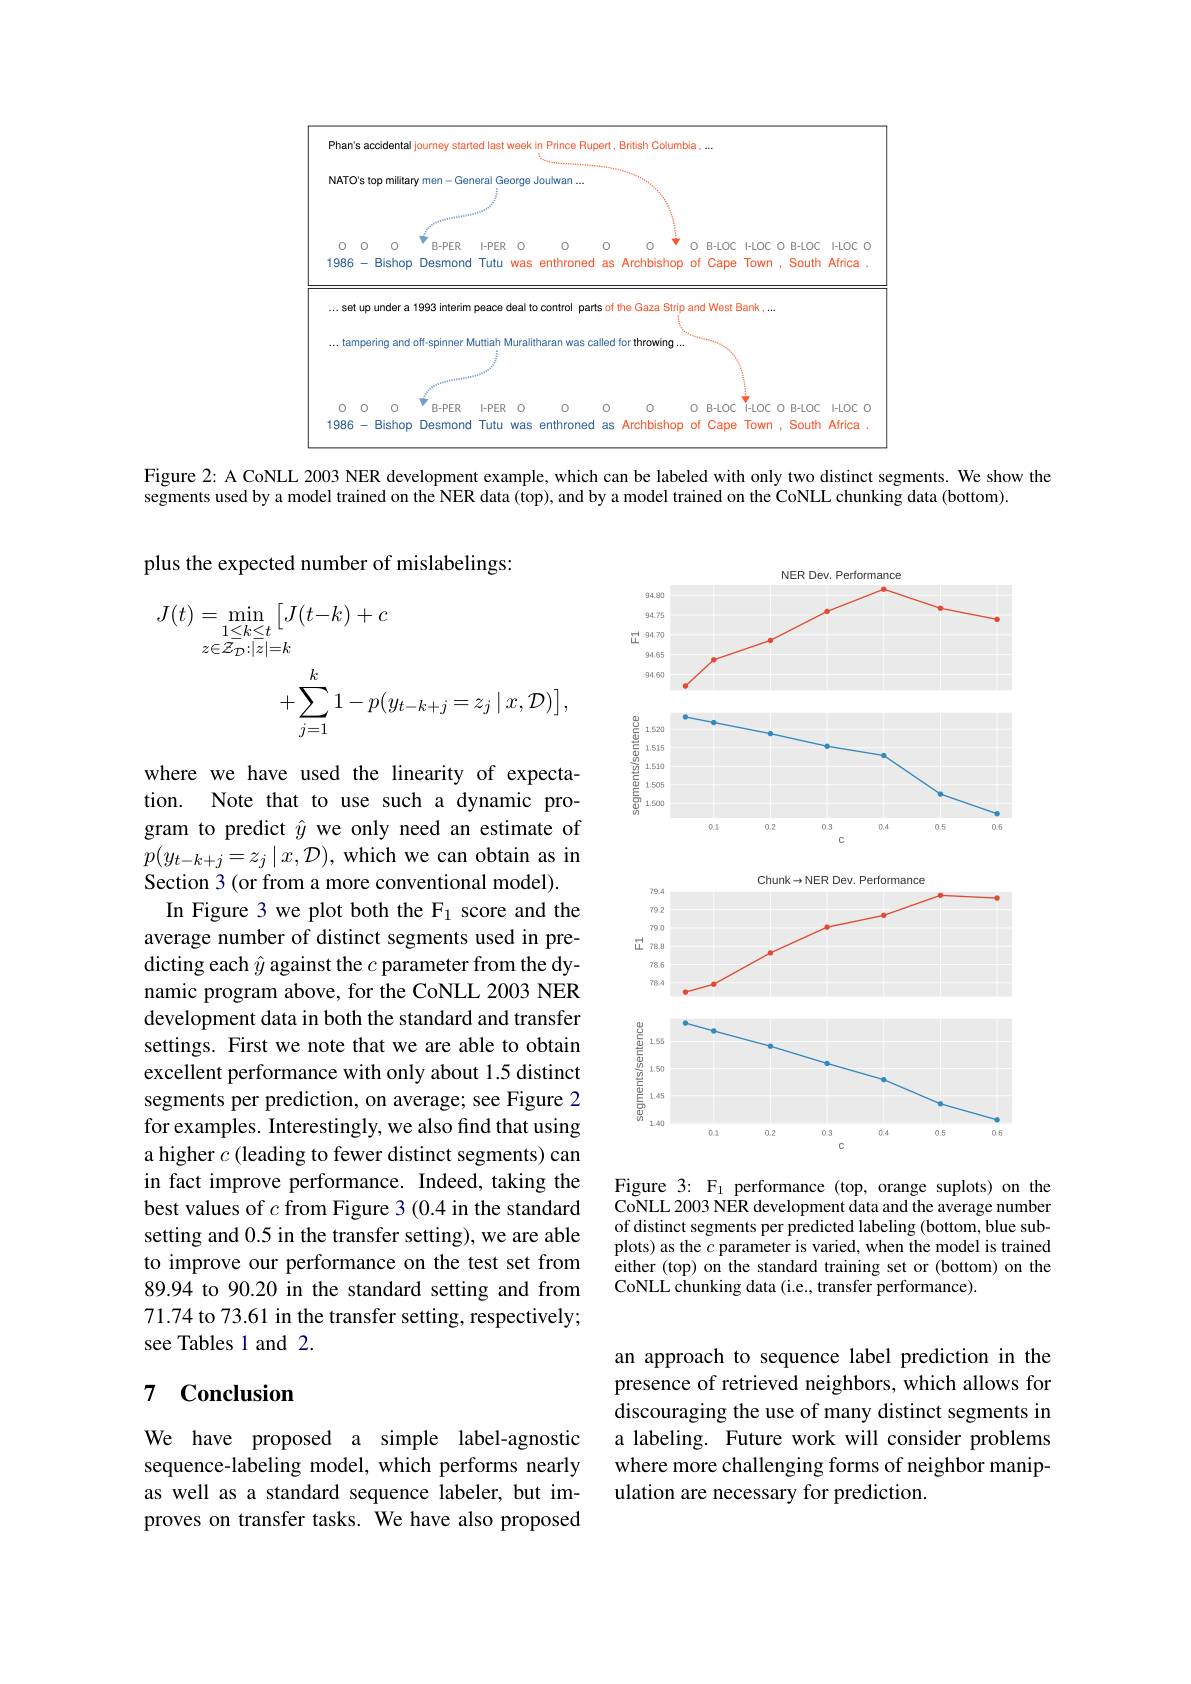
<FigureHere>

Figure 2: A CoNLL 2003 NER development example, which can be labeled with only two distinct segments. We show the

segments used by a model trained on the NER data (top), and by a model trained on the CoNLL chunking data (bottom).

plus the expected number of mislabelings:
$$\begin{aligned}J(t)&=\operatorname*{min}_{\substack{1\leq k\leq t\\z\in\mathcal{Z}_{\mathcal{D}}:|z|=k}}\big[J(t-k)+c\\&+\sum_{j=1}^{k}1-p(y_{t-k+j}=z_{j}\mid x,\mathcal{D})\big],\end{aligned}$$
<FigureHere>
Figure 3: F$_1$ performance (top, orange suplots) on the

where we have used the linearity of expectation. Note that to use such a dynamic program to predict $\hat{y}$ we only need an estimate of $p(y_{t-k+j}=z_{j}\mid x,\mathcal{D})$, which we can obtain as in Section 3 (or from a more conventional model).
In Figure 3 we plot both the F1 score and the average number of distinct segments used in predicting each $\hat{y}$ against the $c$ parameter from the dynamic program above, for the CoNLL 2003 NER development data in both the standard and transfer settings. First we note that we are able to obtain excellent performance with only about 1.5 distinct segments per prediction, on average; see Figure 2 for examples. Interestingly, we also find that using a higher $c$ (leading to fewer distinct segments) can in fact improve performance. Indeed, taking the best values of $c$ from Figure 3 (0.4 in the standard setting and 0.5 in the transfer setting), we are able to improve our performance on the test set from 89.94 to 90.20 in the standard setting and from 71.74 to 73.61 in the transfer setting, respectively; see Tables 1 and 2.

CoNLL 2003 NER development data and the average number of distinct segments per predicted labeling (bottom, blue subplots) as the $c$ parameter is varied, when the model is trained either (top) on the standard training set or (bottom) on the CoNLL chunking data (i.e., transfer performance).

### 7 $\textbf{Conclusion}$

an approach to sequence label prediction in the presence of retrieved neighbors, which allows for discouraging the use of many distinct segments in a labeling. Future work will consider problems where more challenging forms of neighbor manipulation are necessary for prediction.

We have proposed a simple label-agnostic sequence-labeling model, which performs nearly as well as a standard sequence labeler, but improves on transfer tasks. We have also proposed